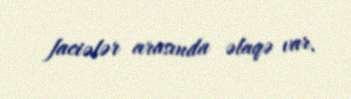
faciələr arasında əlaqə var.